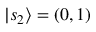
| s _ { 2 } \rangle = ( 0 , 1 )